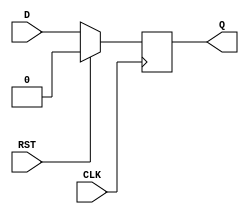
module synchronous_register (
    input wire D,        // Data input
    input wire CLK,      // Clock input
    input wire RST,      // Synchronous reset
    output reg Q         // Data output
);

// Always block triggered on the rising edge of the clock
always @(posedge CLK) begin
    if (RST) begin
        Q <= 1'b0;      // Reset the output to 0
    end else begin
        Q <= D;         // Store the input data on clock edge
    end
end

endmodule